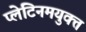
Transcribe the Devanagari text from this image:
प्लेटिनमयुक्त